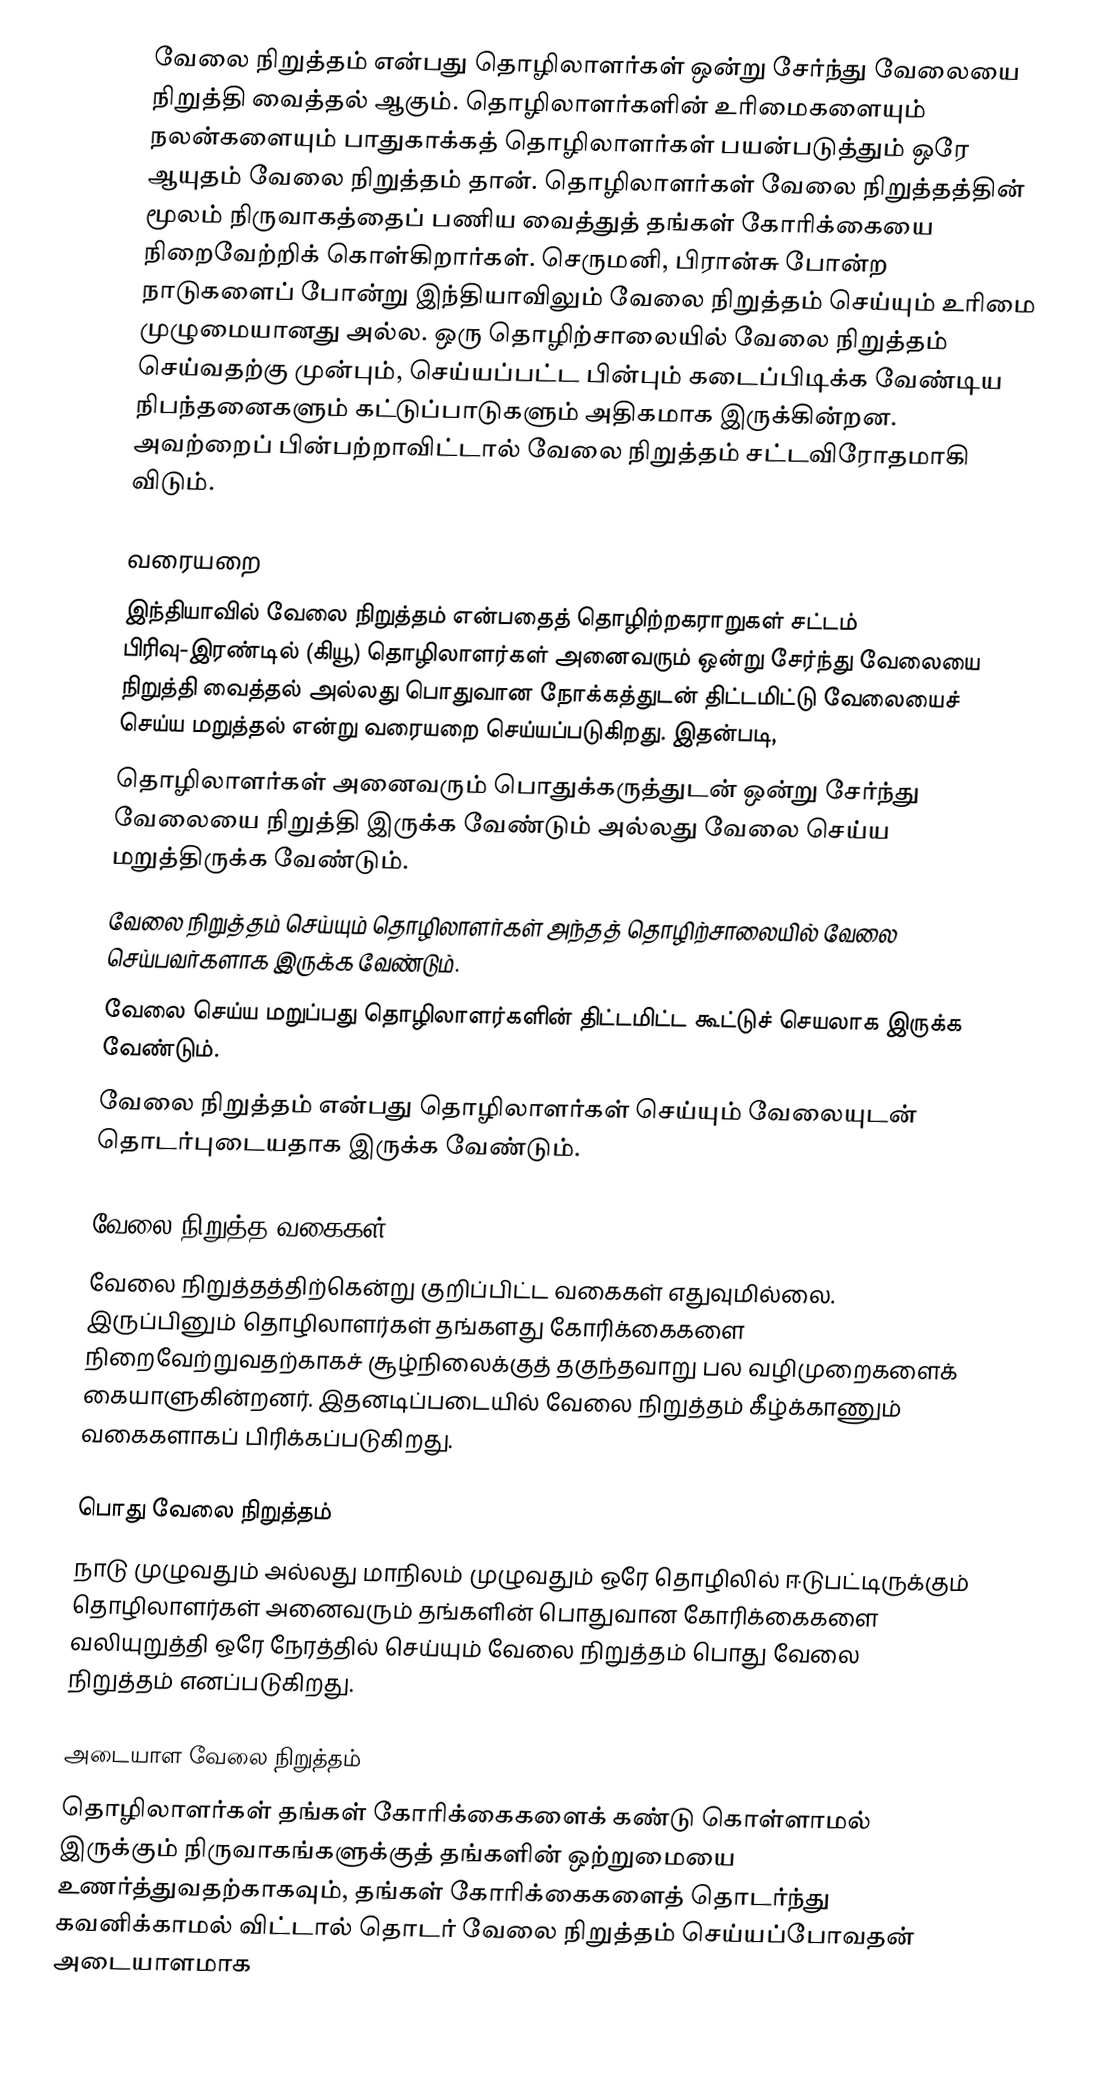
வேலை நிறுத்தம் என்பது தொழிலாளர்கள் ஒன்று சேர்ந்து வேலையை நிறுத்தி வைத்தல் ஆகும். தொழிலாளர்களின் உரிமைகளையும் நலன்களையும் பாதுகாக்கத் தொழிலாளர்கள் பயன்படுத்தும் ஒரே ஆயுதம் வேலை நிறுத்தம் தான். தொழிலாளர்கள் வேலை நிறுத்தத்தின் மூலம் நிருவாகத்தைப் பணிய வைத்துத் தங்கள் கோரிக்கையை நிறைவேற்றிக் கொள்கிறார்கள். செருமனி, பிரான்சு போன்ற நாடுகளைப் போன்று இந்தியாவிலும் வேலை நிறுத்தம் செய்யும் உரிமை முழுமையானது அல்ல. ஒரு தொழிற்சாலையில் வேலை நிறுத்தம் செய்வதற்கு முன்பும், செய்யப்பட்ட பின்பும் கடைப்பிடிக்க வேண்டிய நிபந்தனைகளும் கட்டுப்பாடுகளும் அதிகமாக இருக்கின்றன. அவற்றைப் பின்பற்றாவிட்டால் வேலை நிறுத்தம் சட்டவிரோதமாகி விடும்.

வரையறை
இந்தியாவில் வேலை நிறுத்தம் என்பதைத் தொழிற்றகராறுகள் சட்டம் பிரிவு-இரண்டில் (கியூ) தொழிலாளர்கள் அனைவரும் ஒன்று சேர்ந்து வேலையை நிறுத்தி வைத்தல் அல்லது பொதுவான நோக்கத்துடன் திட்டமிட்டு வேலையைச் செய்ய மறுத்தல் என்று வரையறை செய்யப்படுகிறது. இதன்படி,
 தொழிலாளர்கள் அனைவரும் பொதுக்கருத்துடன் ஒன்று சேர்ந்து வேலையை நிறுத்தி இருக்க வேண்டும் அல்லது வேலை செய்ய மறுத்திருக்க வேண்டும்.
 வேலை நிறுத்தம் செய்யும் தொழிலாளர்கள் அந்தத் தொழிற்சாலையில் வேலை செய்பவர்களாக இருக்க வேண்டும்.
 வேலை செய்ய மறுப்பது தொழிலாளர்களின் திட்டமிட்ட கூட்டுச் செயலாக இருக்க வேண்டும்.
 வேலை நிறுத்தம் என்பது தொழிலாளர்கள் செய்யும் வேலையுடன் தொடர்புடையதாக இருக்க வேண்டும்.

வேலை நிறுத்த வகைகள்
வேலை நிறுத்தத்திற்கென்று குறிப்பிட்ட வகைகள் எதுவுமில்லை. இருப்பினும் தொழிலாளர்கள் தங்களது கோரிக்கைகளை நிறைவேற்றுவதற்காகச் சூழ்நிலைக்குத் தகுந்தவாறு பல வழிமுறைகளைக் கையாளுகின்றனர். இதனடிப்படையில் வேலை நிறுத்தம் கீழ்க்காணும் வகைகளாகப் பிரிக்கப்படுகிறது.

பொது வேலை நிறுத்தம்
நாடு முழுவதும் அல்லது மாநிலம் முழுவதும் ஒரே தொழிலில் ஈடுபட்டிருக்கும் தொழிலாளர்கள் அனைவரும் தங்களின் பொதுவான கோரிக்கைகளை வலியுறுத்தி ஒரே நேரத்தில் செய்யும் வேலை நிறுத்தம் பொது வேலை நிறுத்தம் எனப்படுகிறது.

அடையாள வேலை நிறுத்தம்
தொழிலாளர்கள் தங்கள் கோரிக்கைகளைக் கண்டு கொள்ளாமல் இருக்கும் நிருவாகங்களுக்குத் தங்களின் ஒற்றுமையை உணர்த்துவதற்காகவும், தங்கள் கோரிக்கைகளைத் தொடர்ந்து கவனிக்காமல் விட்டால் தொடர் வேலை நிறுத்தம் செய்யப்போவதன் அடையாளமாக